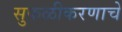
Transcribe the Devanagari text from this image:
सुफळीकरणाचे